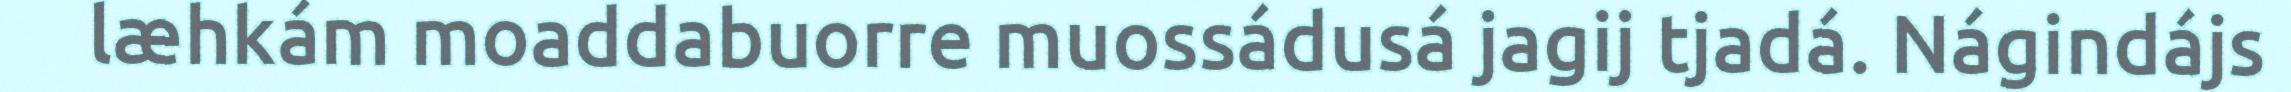
læhkám moaddabuorre muossádusá jagij tjadá. Nágindájs